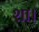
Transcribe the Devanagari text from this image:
शा।